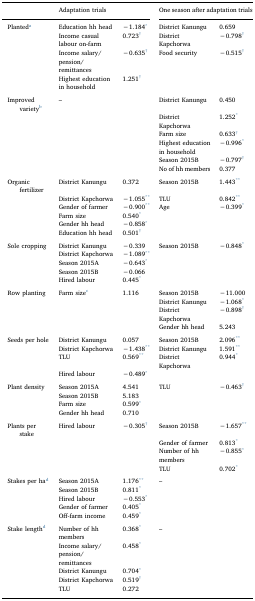
<table><thead><tr><td></td><td colspan="2"><b>Adaptation trials</b></td><td colspan="2"><b>One season after adaptation trials</b></td></tr></thead><tbody><tr><td>Planteda</td><td>Education hh head</td><td>−1.184*</td><td>District Kanungu</td><td>0.659</td></tr><tr><td></td><td>Income casual labour on-farm</td><td>0.723†</td><td>District Kapchorwa</td><td>−0.798†</td></tr><tr><td></td><td>Income salary/pension/remittances</td><td>−0.635†</td><td>Food security</td><td>−0.515†</td></tr><tr><td></td><td>Highest education in household</td><td>1.251†</td><td></td><td></td></tr><tr><td colspan="5">  </td></tr><tr><td>Improved varietyb</td><td>–</td><td></td><td>District Kanungu</td><td>0.450</td></tr><tr><td></td><td></td><td></td><td>District Kapchorwa</td><td>1.252*</td></tr><tr><td></td><td></td><td></td><td>Farm size</td><td>0.633†</td></tr><tr><td></td><td></td><td></td><td>Highest education in household</td><td>−0.996*</td></tr><tr><td></td><td></td><td></td><td>Season 2015B</td><td>−0.797†</td></tr><tr><td></td><td></td><td></td><td>No of hh members</td><td>0.377</td></tr><tr><td colspan="5">  </td></tr><tr><td>Organic fertilizer</td><td>District Kanungu</td><td>0.372</td><td>Season 2015B</td><td>1.443**</td></tr><tr><td></td><td>District Kapchorwa</td><td>−1.055**</td><td>TLU</td><td>0.842**</td></tr><tr><td></td><td>Gender of farmer</td><td>−0.900**</td><td>Age</td><td>−0.399*</td></tr><tr><td></td><td>Farm size</td><td>0.540*</td><td></td><td></td></tr><tr><td></td><td>Gender hh head</td><td>−0.858*</td><td></td><td></td></tr><tr><td></td><td>Education hh head</td><td>0.501†</td><td></td><td></td></tr><tr><td colspan="5">  </td></tr><tr><td>Sole cropping</td><td>District Kanungu</td><td>−0.339</td><td>Season 2015B</td><td>−0.848*</td></tr><tr><td></td><td>District Kapchorwa</td><td>−1.089**</td><td></td><td></td></tr><tr><td></td><td>Season 2015A</td><td>−0.643*</td><td></td><td></td></tr><tr><td></td><td>Season 2015B</td><td>−0.066</td><td></td><td></td></tr><tr><td></td><td>Hired labour</td><td>0.445*</td><td></td><td></td></tr><tr><td colspan="5">  </td></tr><tr><td>Row planting</td><td>Farm sizec</td><td>1.116</td><td>Season 2015B</td><td>−11.000</td></tr><tr><td></td><td></td><td></td><td>District Kanungu</td><td>−1.068*</td></tr><tr><td></td><td></td><td></td><td>District Kapchorwa</td><td>−0.898†</td></tr><tr><td></td><td></td><td></td><td>Gender hh head</td><td>5.243</td></tr><tr><td colspan="5">  </td></tr><tr><td>Seeds per hole</td><td>District Kanungu</td><td>0.057</td><td>Season 2015B</td><td>2.096**</td></tr><tr><td></td><td>District Kapchorwa</td><td>−1.438**</td><td>District Kanungu</td><td>1.591**</td></tr><tr><td></td><td>TLU</td><td>0.569**</td><td>District Kapchorwa</td><td>0.944*</td></tr><tr><td></td><td>Hired labour</td><td>−0.489*</td><td></td><td></td></tr><tr><td colspan="5">  </td></tr><tr><td>Plant density</td><td>Season 2015A</td><td>4.541</td><td>TLU</td><td>−0.463†</td></tr><tr><td></td><td>Season 2015B</td><td>5.183</td><td></td><td></td></tr><tr><td></td><td>Farm size</td><td>0.599*</td><td></td><td></td></tr><tr><td></td><td>Gender hh head</td><td>0.710</td><td></td><td></td></tr><tr><td colspan="5">  </td></tr><tr><td>Plants per stake</td><td>Hired labour</td><td>−0.305†</td><td>Season 2015B</td><td>−1.657**</td></tr><tr><td></td><td></td><td></td><td>Gender of farmer</td><td>0.813*</td></tr><tr><td></td><td></td><td></td><td>Number of hh members</td><td>−0.855*</td></tr><tr><td></td><td></td><td></td><td>TLU</td><td>0.702*</td></tr><tr><td colspan="5">  </td></tr><tr><td>Stakes per had</td><td>Season 2015A</td><td>1.176**</td><td>–</td><td></td></tr><tr><td></td><td>Season 2015B</td><td>0.811*</td><td></td><td></td></tr><tr><td></td><td>Hired labour</td><td>−0.553*</td><td></td><td></td></tr><tr><td></td><td>Gender of farmer</td><td>0.405*</td><td></td><td></td></tr><tr><td></td><td>Off-farm income</td><td>0.459*</td><td></td><td></td></tr><tr><td colspan="5">  </td></tr><tr><td>Stake lengthd</td><td>Number of hh members</td><td>0.368*</td><td>–</td><td></td></tr><tr><td></td><td>Income salary/pension/remittances</td><td>0.458*</td><td></td><td></td></tr><tr><td></td><td>District Kanungu</td><td>0.704*</td><td></td><td></td></tr><tr><td></td><td>District Kapchorwa</td><td>0.519†</td><td></td><td></td></tr><tr><td></td><td>TLU</td><td>0.272</td><td></td><td></td></tr></tbody></table>